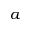
a